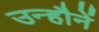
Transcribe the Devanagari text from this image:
उन्हौनें